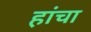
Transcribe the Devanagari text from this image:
हांचा